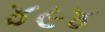
૪૯૪